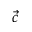
\vec { c }